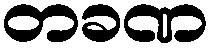
တခဏ